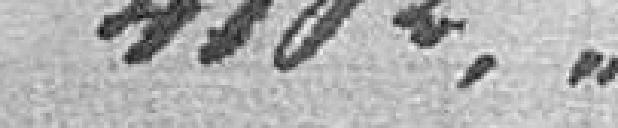
4102,00